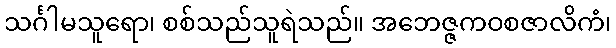
သင်္ဂါမသူရော၊ စစ်သည်သူရဲသည်။ အဘေဇ္ဇကဝစဇာလိကံ၊